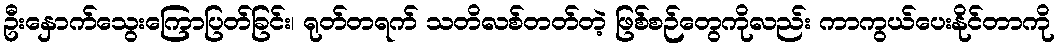
ဦးနှောက်သွေးကြောပြတ်ခြင်း၊ ရုတ်တရက် သတိလစ်တတ်တဲ့ ဖြစ်စဉ်တွေကိုလည်း ကာကွယ်ပေးနိုင်တာကို